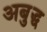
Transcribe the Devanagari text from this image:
अबुद्ध